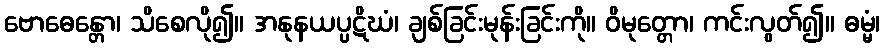
ဗောဓေန္တော၊ သိစေလို၍။ အနုနယပ္ပဋိဃံ၊ ချစ်ခြင်းမုန်းခြင်းကို။ ဝိမုတ္တော၊ ကင်းလွတ်၍။ ဓမ္မံ၊